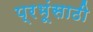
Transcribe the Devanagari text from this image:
प्रभूंसाठी